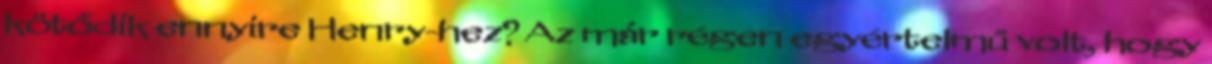
kötődik ennyire Henry-hez? Az már régen egyértelmű volt, hogy